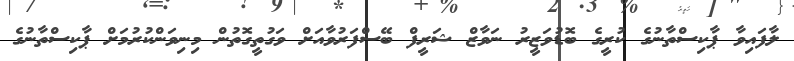
ލާފައިވާ ޕާކިސްތާނުގެ ކުރީގެ ބޮޑުވަޒީރު ނަވާޒް ޝަރީފް ބޭސްފަރުވާއަށް ވަގުތީގޮތުން މިނިވަންކުރުމަށް ޕާކިސްތާނުގެ